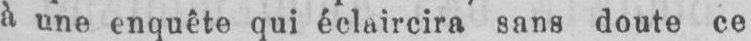
à une enquête qui éclaircira sans doute ce